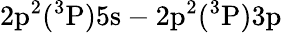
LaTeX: \mathrm{2p^{2}(^{3}P)5s-2p^{2}(^{3}P)3p}